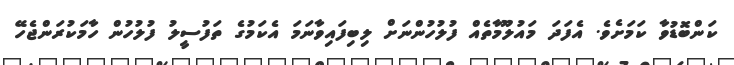
ކަންބޮޑުވާ ކަމަށެވެ. އެފަދަ މައުލޫމާތެއް ފުލުހުންނަށް ލިބިފައިވާނަމަ އެކަމުގެ ތަފުސީލު ފުލުހުން ހާމަކުރަންޖެހޭ